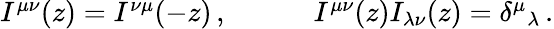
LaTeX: \begin{array}{cc}{{I^{\mu\nu}(z)=I^{\nu\mu}(-z)\, ,~~~~}}&{{~~~~I^{\mu\nu}(z)I_{\lambda\nu}(z)=\delta^{\mu}{}_{\lambda}\, .}}\end{array}